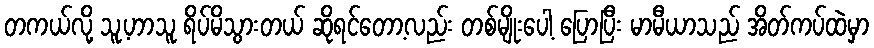
တကယ်လို့ သူ့ဟာသူ ရိပ်မိသွားတယ် ဆိုရင်တော့လည်း တစ်မျိုးပေါ့ ပြောပြီး မာမီယာသည် အိတ်ကပ်ထဲမှာ